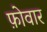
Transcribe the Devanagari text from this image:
फ़ोवार